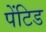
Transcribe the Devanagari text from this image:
पेंटिड